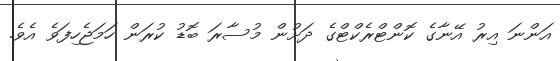
އަންނަ އިރު އޭނާގެ ކޮންޓްރެކްޓްގެ ދަށުން މުސާރަ ބޮޑު ކުރަން ހަމަޖެހިފަވެ އެވެ.